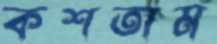
কশতাম